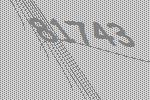
81743